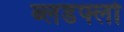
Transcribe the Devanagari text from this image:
ब्लडफ्लो